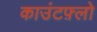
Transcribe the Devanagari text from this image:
काउंटफ़्लो